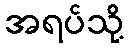
အရပ်သို့